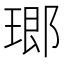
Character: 𤧨